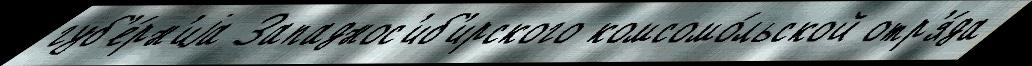
губ'е́рн'иjа Западнос'иб'ирского комсомо́льской отр'я́да